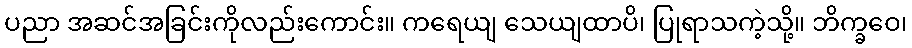
ပညာ အဆင်အခြင်းကိုလည်းကောင်း။ ကရေယျ သေယျထာပိ၊ ပြုရာသကဲ့သို့။ ဘိက္ခဝေ၊